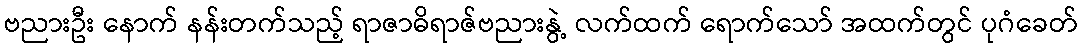
ဗညားဦး နောက် နန်းတက်သည့် ရာဇာဓိရာဇ်ဗညားနွဲ့ လက်ထက် ရောက်သော် အထက်တွင် ပုဂံခေတ်